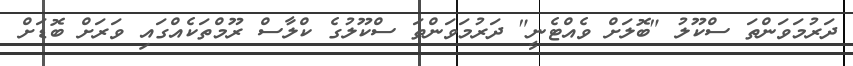
ދަރުމަވަންތަ ސްކޫލު "ބޮލަށް ވެއްޓެނީ" ދަރުމަވަންތަ ސްކޫލުގެ ކްލާސް ރޫމްތަކެއްގައި ވަރަށް ބޮޑަށް